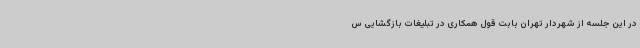
در این جلسه از شهردار تهران بابت قول همکاری در تبلیغات بازگشایی س